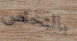
بالتخلص